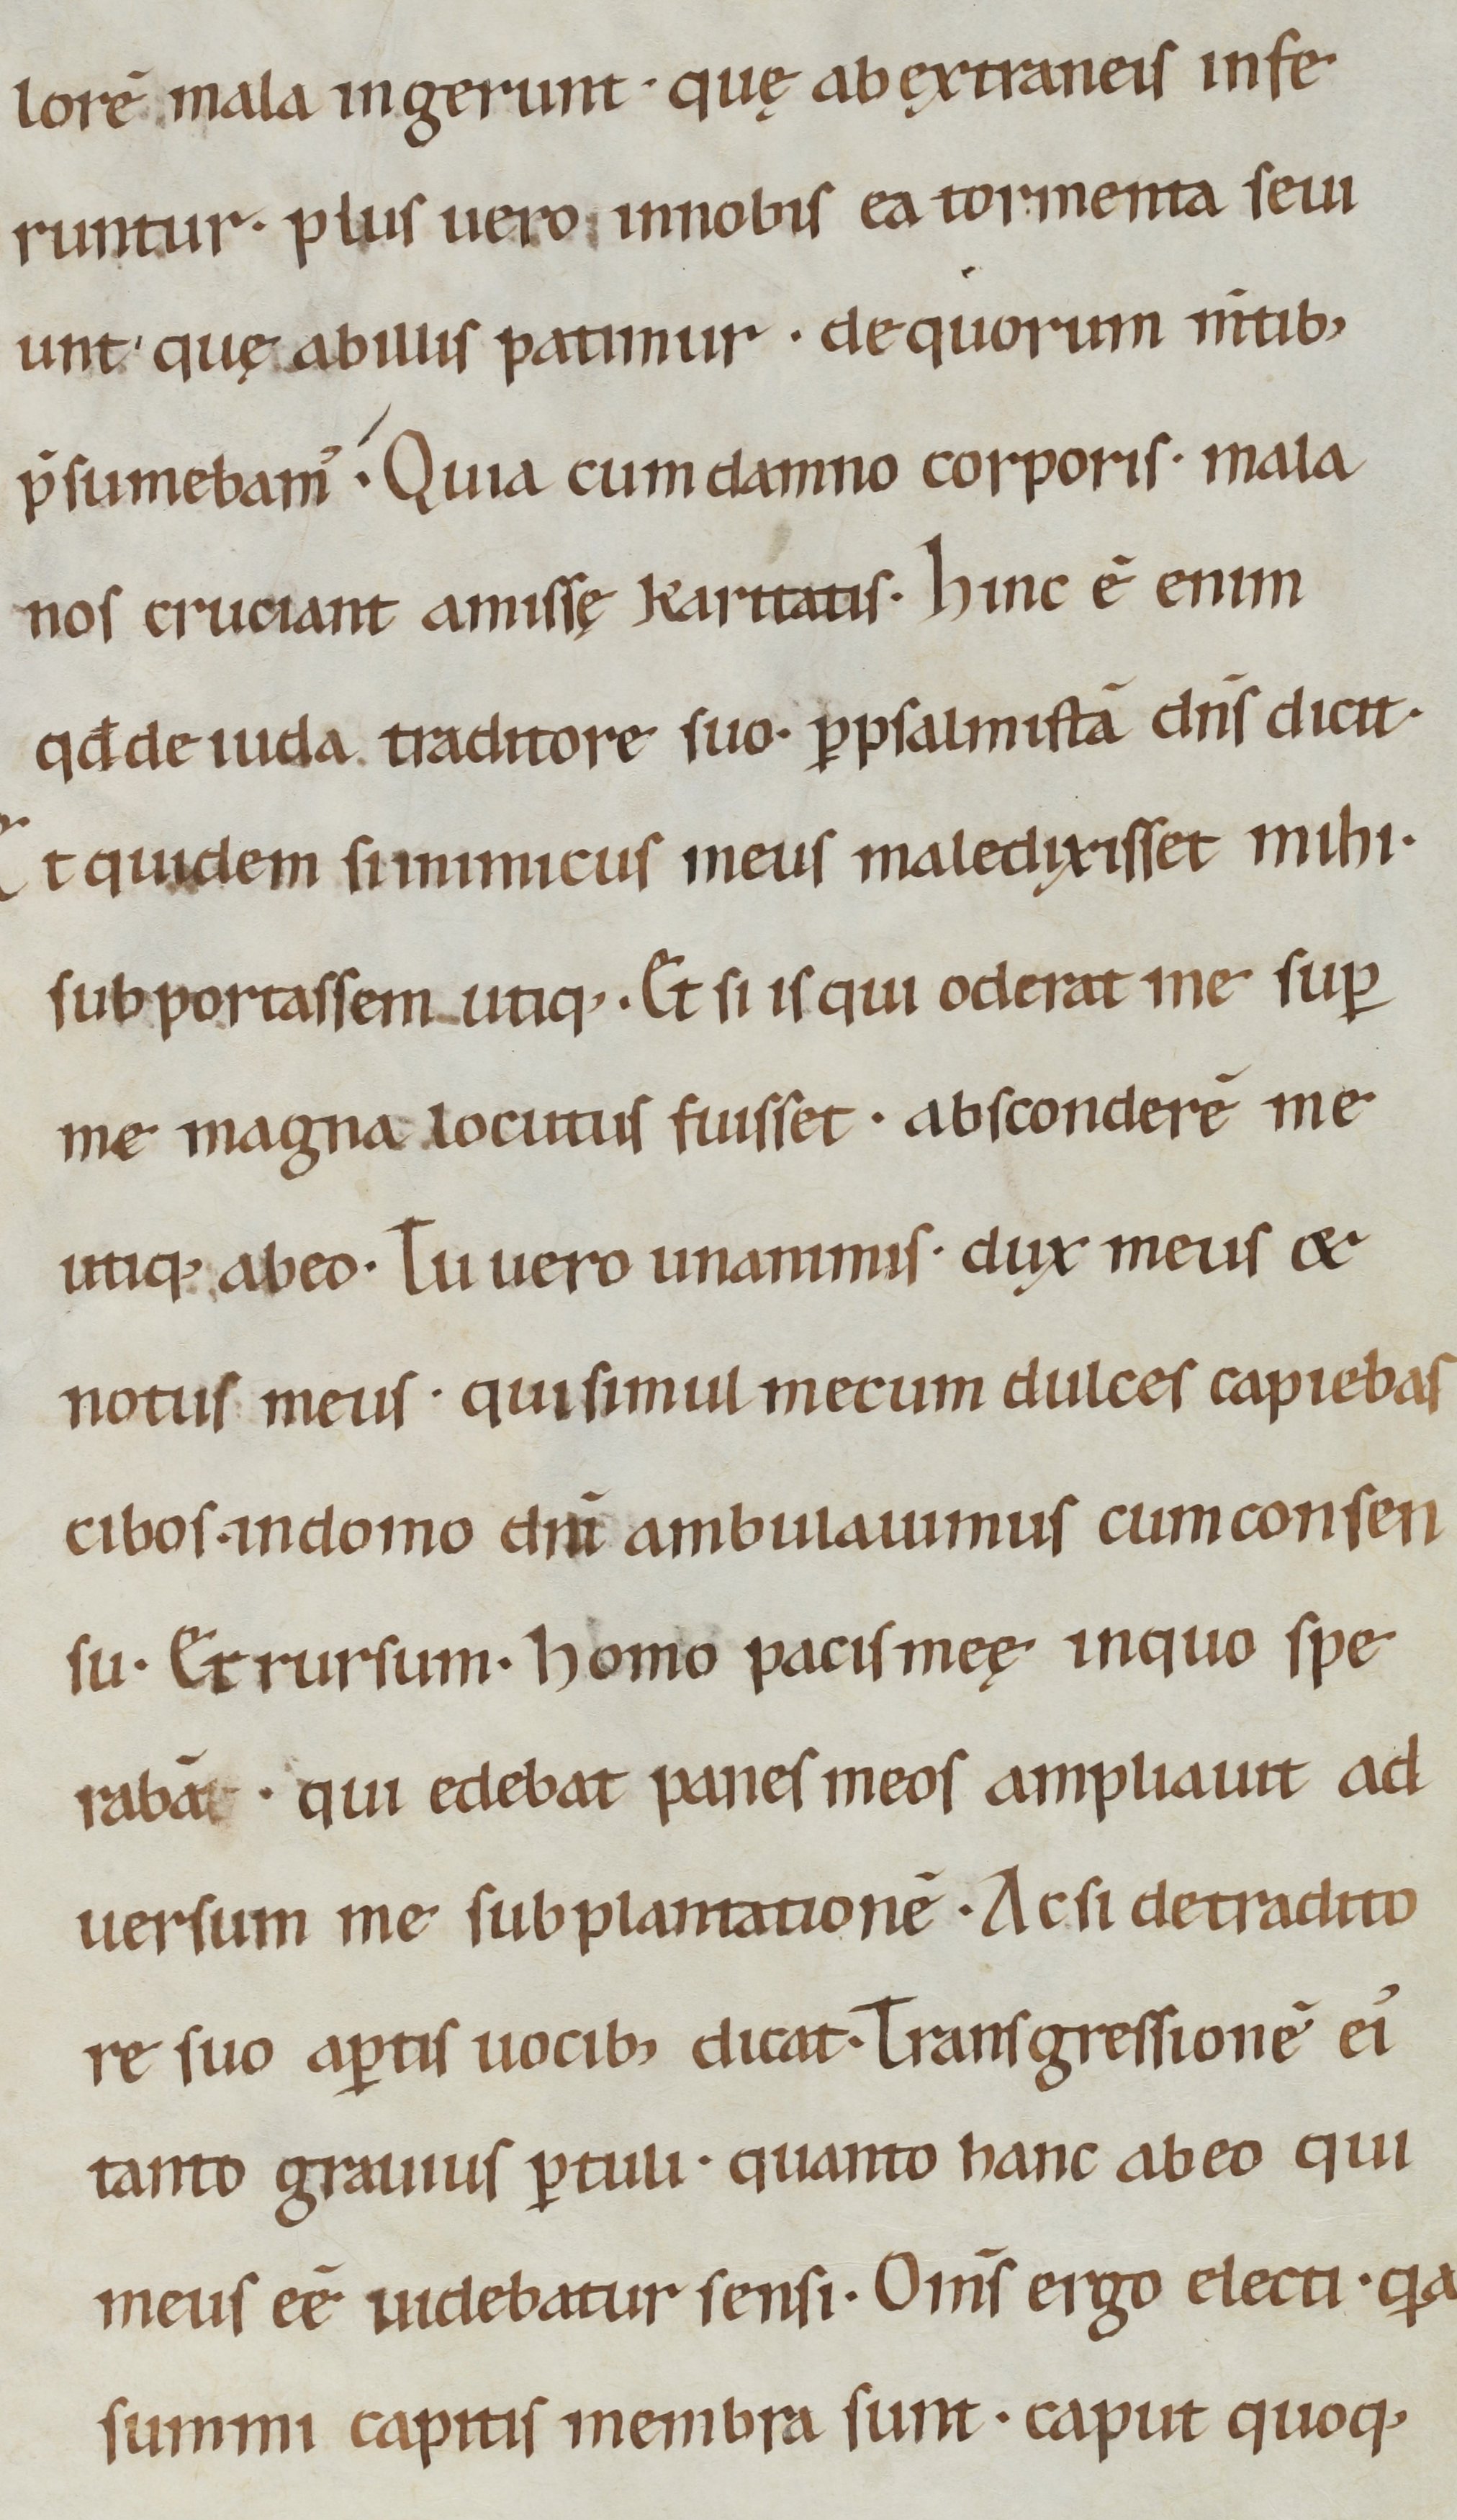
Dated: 1000–1099